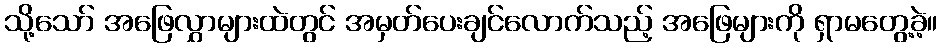
သို့သော် အဖြေလွှာများထဲတွင် အမှတ်ပေးချင်လောက်သည့် အဖြေများကို ရှာမတွေ့ခဲ့။